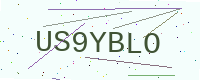
Text: US9YBLO